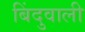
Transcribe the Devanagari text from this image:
बिंदुवाली